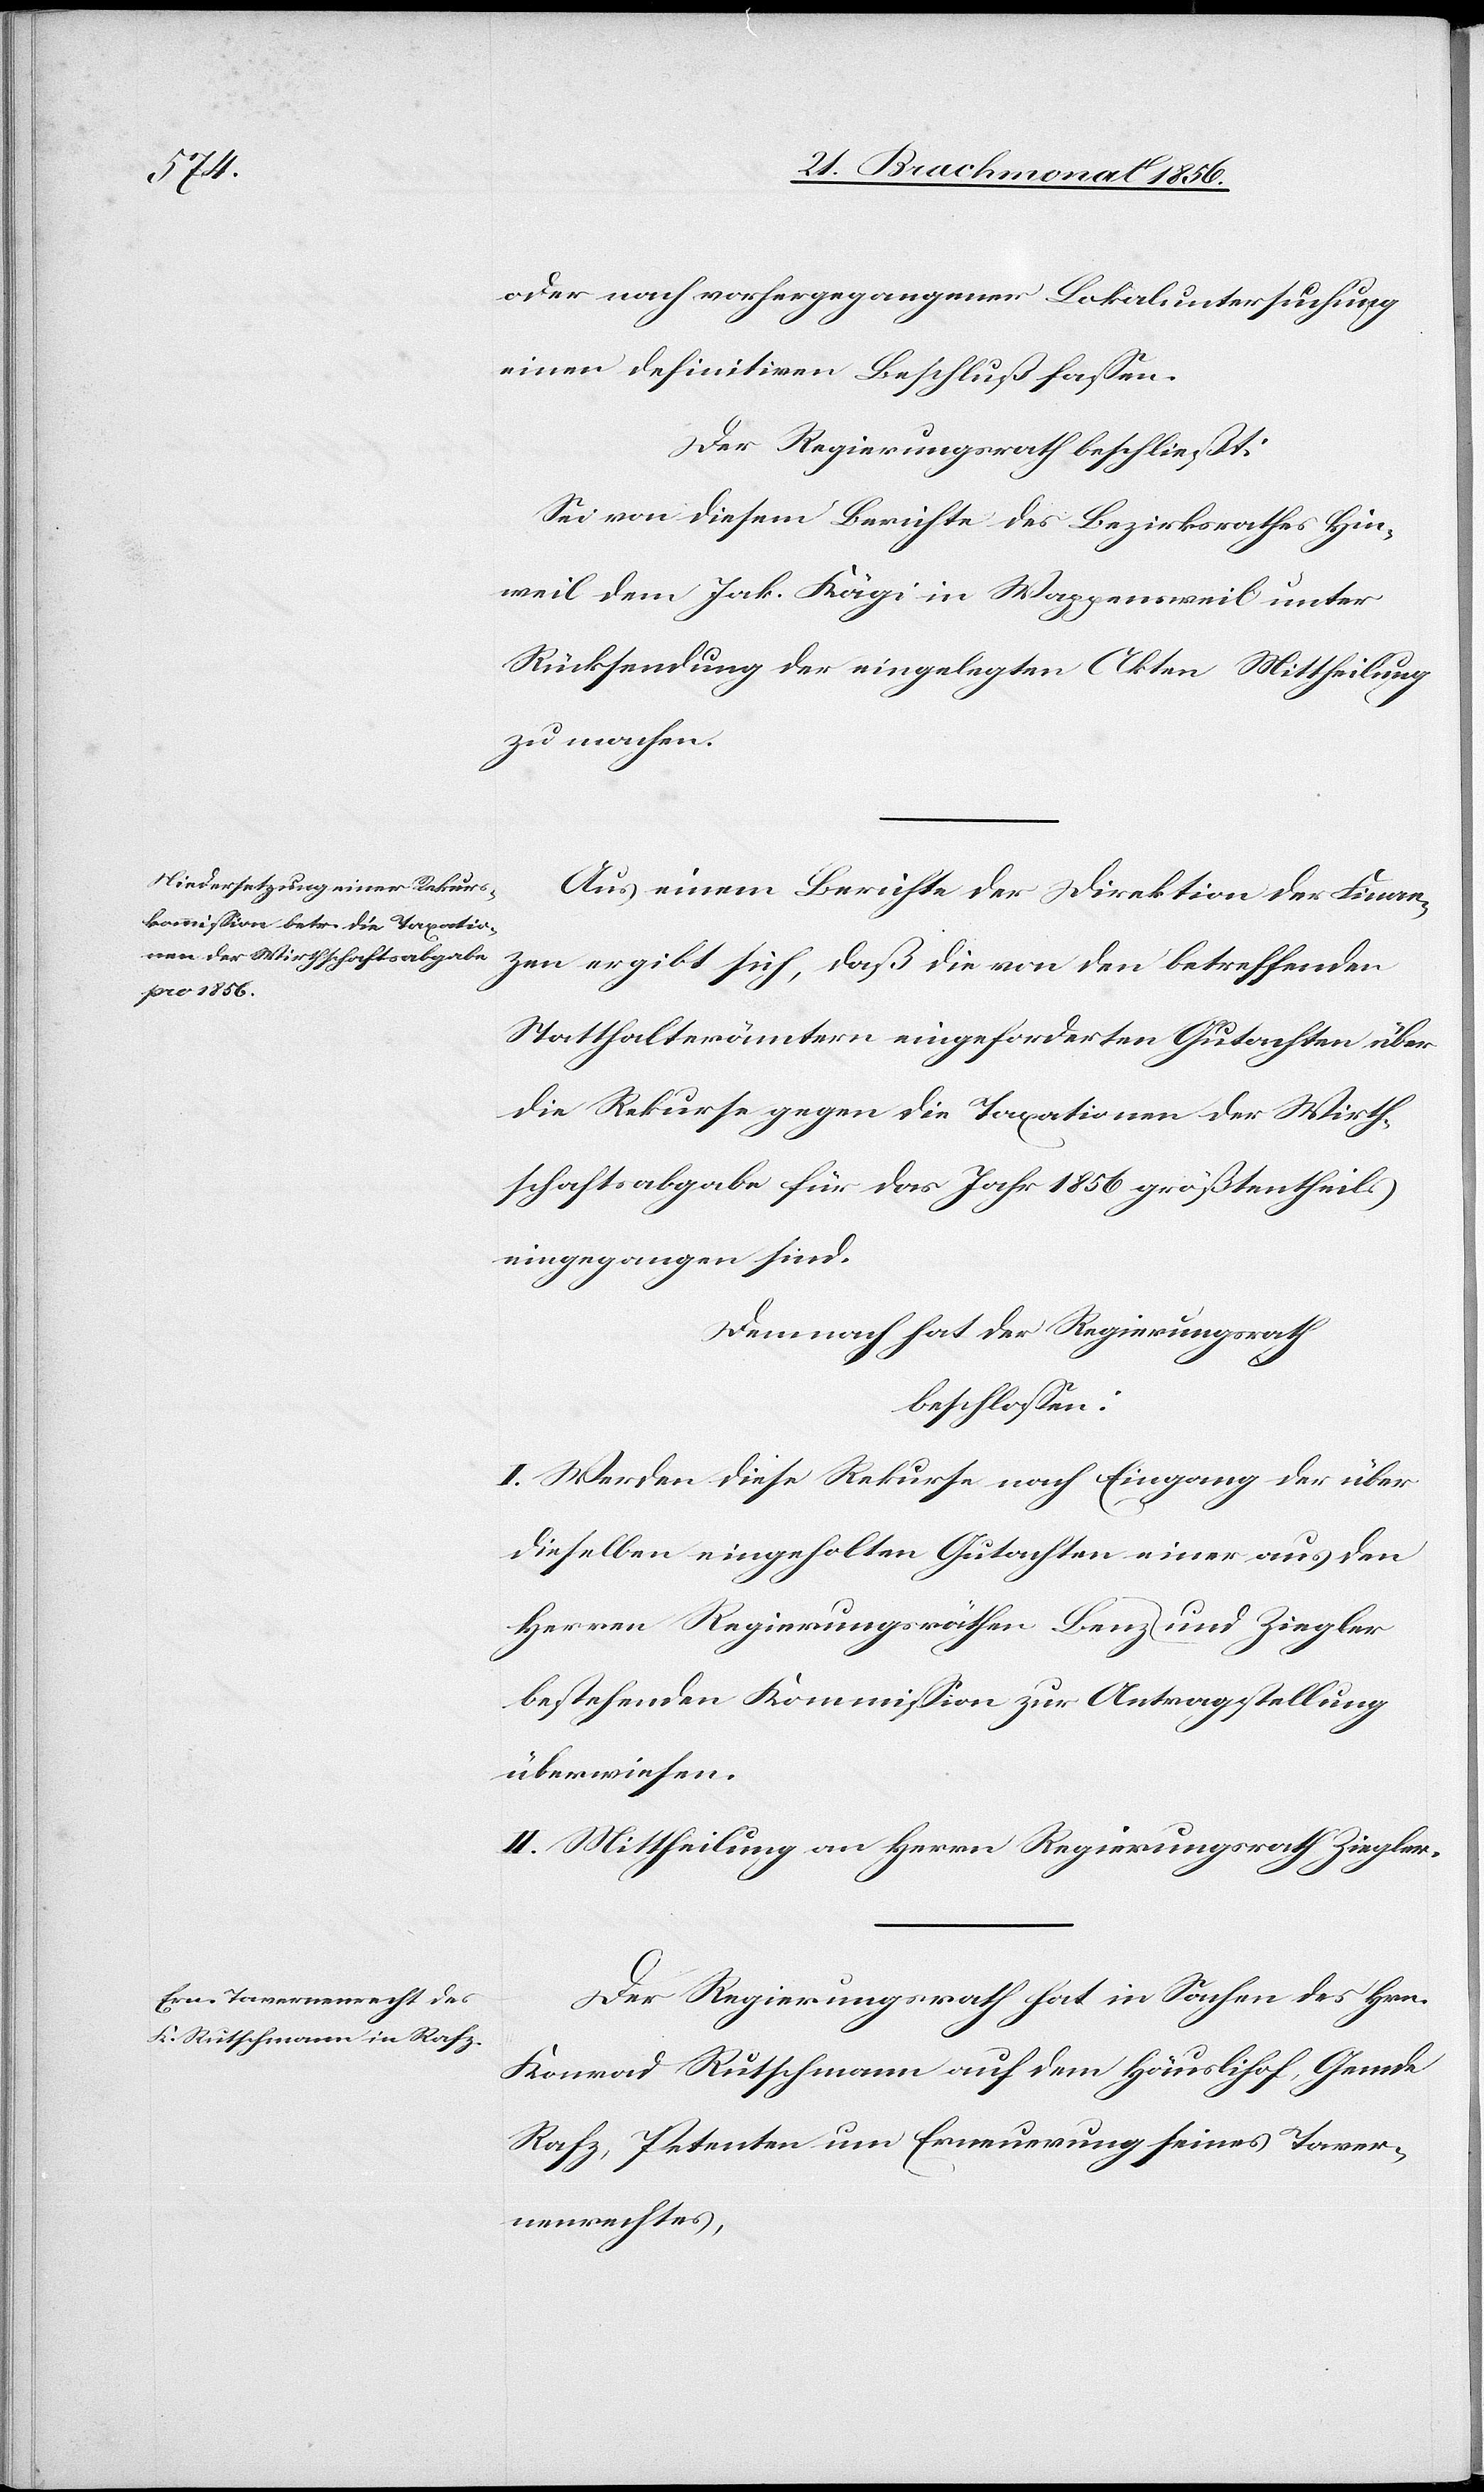
oder nach vorhergegangener Lokaluntersuchung
einen definitiven Beschluß fassen.
Der Regierungsrath beschließt:
Sei von diesem Berichte des Bezirksrathes Hin¬
weil dem Jak. Kägi in Wappensweil unter
Rücksendung der eingelegten Akten Mittheilung
zu machen.
Aus einem Berichte der Direktion der Finan¬
zen ergibt sich, daß die von den betreffenden
Statthalterämtern eingeforderten Gutachten über
die Rekurse gegen die Taxationen der Wirth¬
schaftsabgabe für das Jahr 1856 größtentheils
eingegangen sind.
Demnach hat der Regierungsrath
beschlossen:
I. Werden diese Rekurse nach Eingang der über
dieselben eingeholten Gutachten einer aus den
Herren Regierungsräthen Benz und Ziegler
bestehenden Kommission zur Antragstellung
überwiesen.
II. Mittheilung an Herrn Regierungsrath Ziegler.
Der Regierungsrath hat in Sachen des Hrn.
Konrad Rutschmann auf dem Häuslihof, Gemde
Rafz, Petenten um Erneuerung seines Taver¬
nenrechtes,